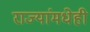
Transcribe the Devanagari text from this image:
राज्यांमधेही